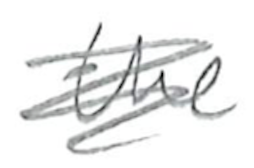
Text: the
Cross-out: scratch
Writing tool: pencil